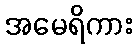
အမေရိကား